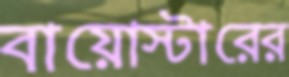
বায়োস্টারের